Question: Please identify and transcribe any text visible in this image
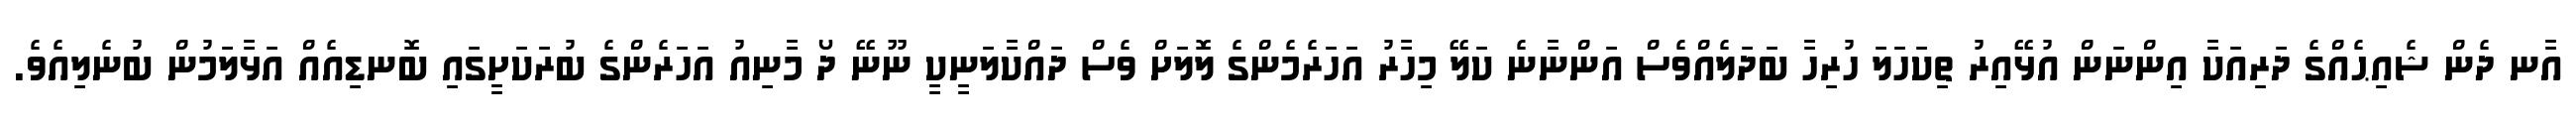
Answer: އާނ ދެން ޝެއިޙެއްގެ ދަރިއަކާ އިންނަން އުޅޭއިރު ތިކަހަލަ ހުރިހާ ބަދަލެއްވެސް އަންނާނެ ކަލޭ މިހާރު އަހަރެމެންގެ ލޮލަށް ވެސް ދައްކާލަނީކީ ނޫނޭ ދޯ މާނިއު އަހަރެންގެ ބުރަކަށީގައި ބޮނޑިއެއް އަޅާލަމުން ބުނެލިއެވެ.